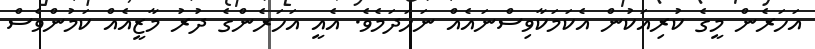
އަހަރެން މީގެ ކުރިއަކުން އެކަމަކާވިސްނައެއް ނަހަދަމެވެ. އެއީ އަހަރެންގެ ދުރު މާޒީއެއް ކަމުންވެސް